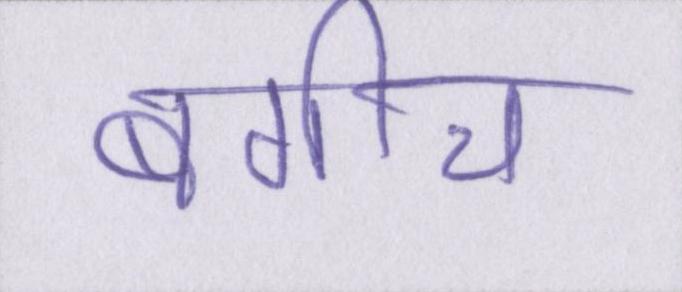
बगीचे